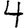
Digit: 4